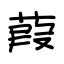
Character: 葭